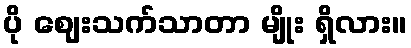
ပို ဈေးသက်သာတာ မျိုး ရှိလား။